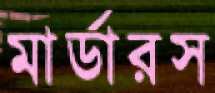
মার্ডারস